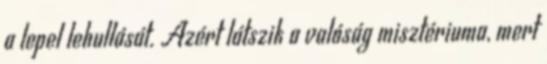
a lepel lehullását. Azért látszik a valóság misztériuma, mert